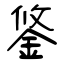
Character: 鋚